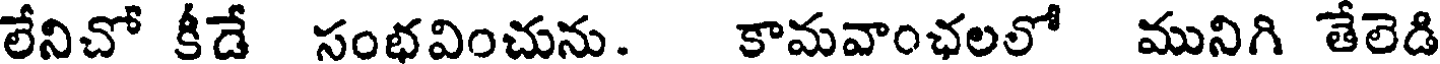
లేనిచో కీడే సంభవించును. కామవాంఛలలో మునిగి తేలెడి